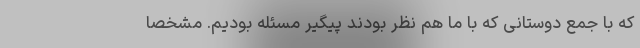
که با جمع دوستانی که با ما هم نظر بودند پیگیر مسئله بودیم. مشخصا